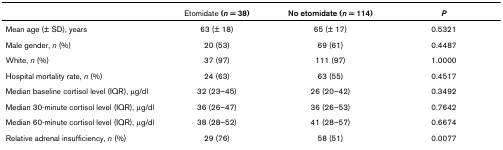
|  | Etomidate (n = 38) | No etomidate (n = 114) | P |
 | --- | --- | --- | --- |
 | Mean age (± SD), years | 63 (± 18) | 65 (± 17) | 0.5321 |
 | Male gender, n (%) | 20 (53) | 69 (61) | 0.4487 |
 | White, n (%) | 37 (97) | 111 (97) | 1.0000 |
 | Hospital mortality rate, n (%) | 24 (63) | 63 (55) | 0.4517 |
 | Median baseline cortisol level (IQR), μg/dl | 32 (23–45) | 26 (20–42) | 0.3492 |
 | Median 30-minute cortisol level (IQR), μg/dl | 36 (26–47) | 36 (26–53) | 0.7642 |
 | Median 60-minute cortisol level (IQR), μg/dl | 38 (28–52) | 41 (28–57) | 0.6674 |
 | Relative adrenal insufficiency, n (%) | 29 (76) | 58 (51) | 0.0077 |